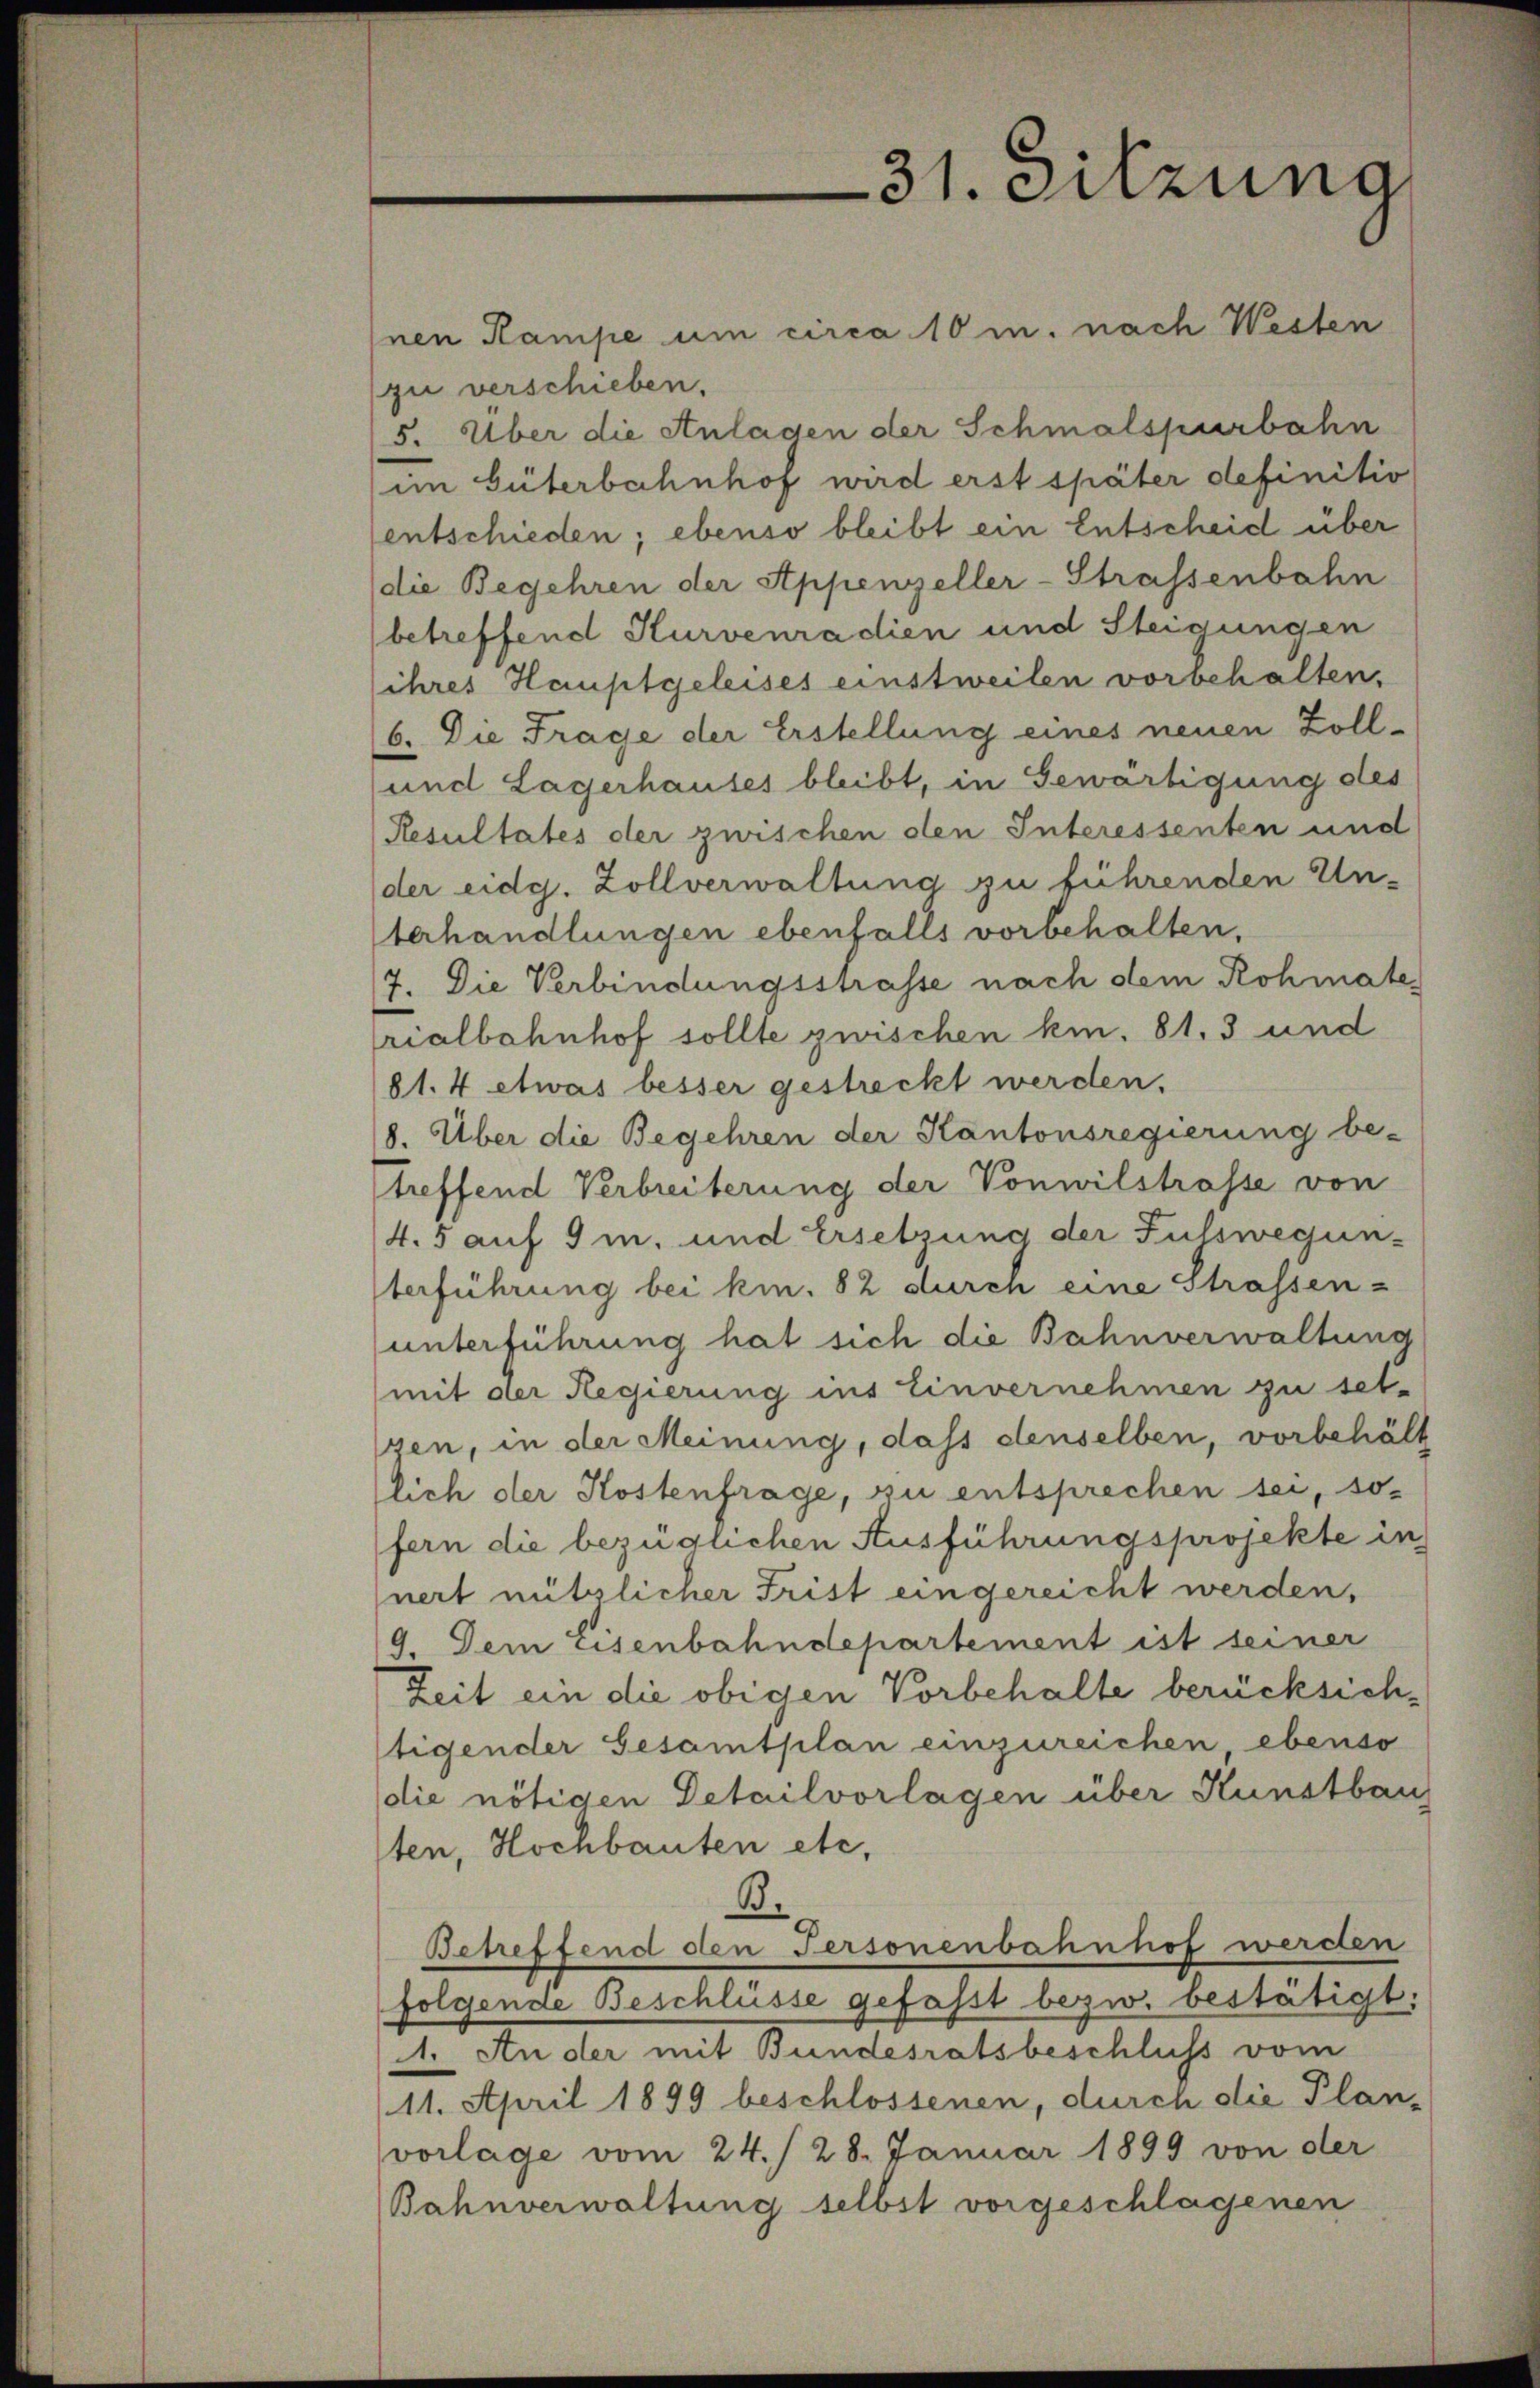
31. Sitzung

nen Kampe um circa 10 u. nach Westen
(zu verschieben.
5. Über die Anlagen der Schmalspurbahn
(im Güterbahnhof wird erst später definitiv
entschieden; ebenso bleibt ein Entscheid über
(die Begehren der Appenzeller-Strassenbahn
(betreffend Kurvenradien und Steigungen
ihres Hauptgeleises einstweilen vorbehalten.
16. Die Frage der Erstellung eines neuen Zoll¬
und Lagerhauses bleibt, in Gewärtigung des
Resultates der zurschen den Interessenten und
der eidg. Zollverwaltung zu führenden Un-
terhandlungen ebenfalls vorbehalten,
7. Die Verbindungsstrasse nach dem Rohmate
rialbahnhof sollte zwischen kn. 81, 3 und
81.4 etwas besser gestreckt werden.
8. Über die Begehren der Kantonsregierung be-
treffend Verbreiterung der Vonwilstrasse von
4.5 auf 9 m. und Ersetzung der Fusswegun-
terführung bei kn. 82 durch eine Strassen-
unterführung hat sich die Bahnverwaltung
mit der Regierung ins Einvernehmen zu setzen, in der Meinung, dass denselben, vorbehält
lich der Kostenfrage, zu entsprechen sei, so-
fern die bezüglichen Ausführungsprojekte in
nert nützlicher Frist eingereicht werden,
9. Dem Eisenbahndepartement ist seiner
Zeit ein die obigen Vorbehalte berücksichtigender Gesamtplan einzureichen ebenso
die nötigen Detailvorlagen über Kunstbau
ten, Hochbauten etc.
B.
Betreffend den Personenbahnhof werden
folgende Beschlüsse gefasst bezw. bestätigt.
1. An der mit Bundesratsbeschluss vom
11. April 1899 beschlossenen, durch die Plan-
vorlage vom 24. / 28. Januar 1899 von der
Bahnverwaltung selbst vorgeschlagenen